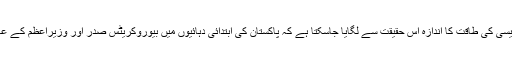
ہمارے ملک میں بیوروکریسی کی طاقت کا اندازہ اس حقیقت سے لگایا جاسکتا ہے کہ پاکستان کی ابتدائی دہائیوں میں بیوروکریٹس صدر اور وزیراعظم کے عہدوں تک پہنچ چکے تھے۔